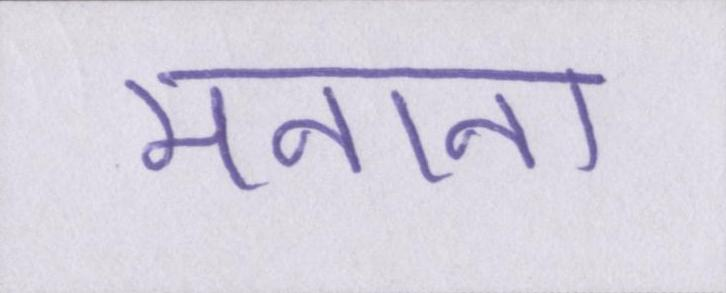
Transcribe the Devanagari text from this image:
मनाना